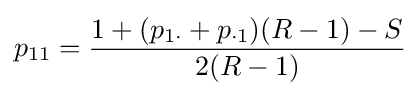
p_{11}={\frac {1+(p_{1\cdot }+p_{\cdot 1})(R-1)-S}{2(R-1)}}